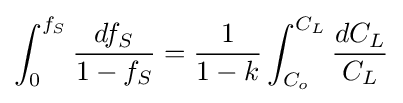
\displaystyle \int _{0}^{f_{S}}{\frac {df_{S}}{1-f_{S}}}={\frac {1}{1-k}}\displaystyle \int _{C_{o}}^{C_{L}}{\frac {dC_{L}}{C_{L}}}